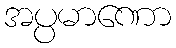
အပ္ပမာဏော